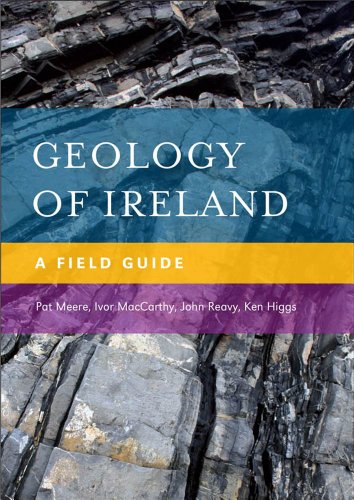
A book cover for Geology of Ireland: A Field Guide; Ivor MacCarthy; Sports & Outdoors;